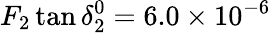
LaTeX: F_{2}\tan{\delta_{2}^{0}={6.0\times 10}^{-6}}